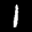
Label: 1